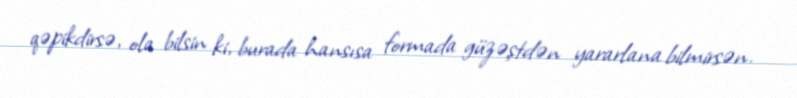
qəpikdirsə, ola bilsin ki, burada hansısa formada güzəştdən yararlana bilmirsən.